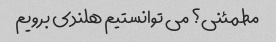
مطمئنی؟ می توانستیم هلندی برویم